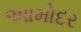
આમોદર